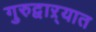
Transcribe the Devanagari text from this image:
गुरुद्वाऱ्यात